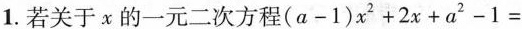
1.若关于x的一元二次方程$$( a - 1 ) x ^ { 2 } + 2 x + a ^ { 2 } - 1 =